Report on lock hospitals in British Burma
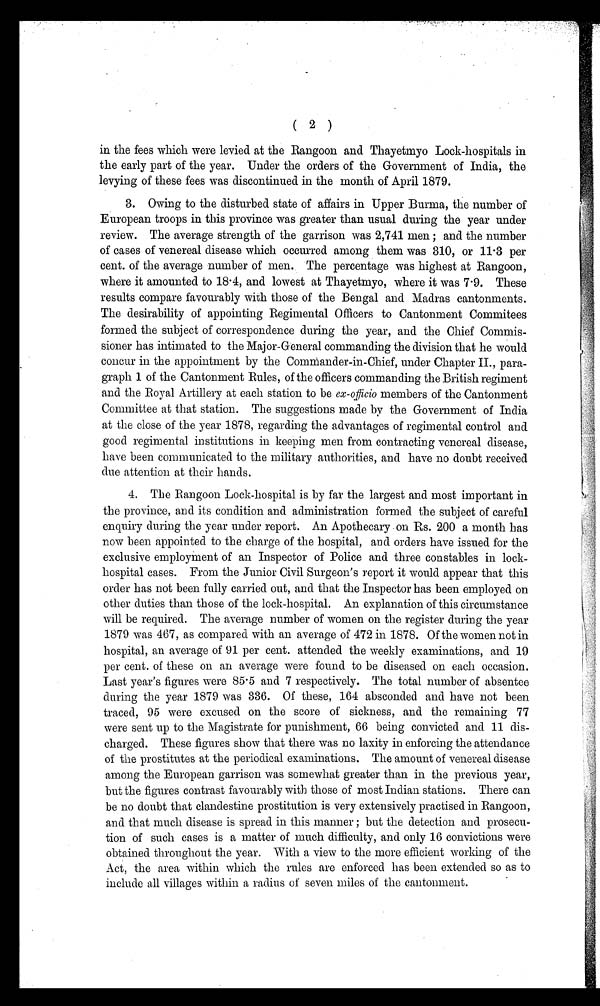
( 2 )
in the fees which were levied at the Rangoon and Thayetmyo Lock-hospitals in
the early part of the year. Under the orders of the Government of India, the
levying of these fees was discontinued in the month of April 1879.
3. Owing to the disturbed state of affairs in Upper Burma, the number of
European troops in this province was greater than usual during the year under
review. The average strength of the garrison was 2,741 men; and the number
of cases of venereal disease which occurred among them was 310, or 11 .3 per
cent. of the average number of men. The percentage was highest at Rangoon,
where it amounted to 18 . 4, and lowest at Thayetmyo, where it was 7.9. These
results compare favourably with those of the Bengal and Madras cantonments.
The desirability of appointing Regimental Officers to Cantonment Commitees
formed the subject of correspondence during the year, and the Chief Commis-
sioner has intimated to the Major-General commanding the division that he would
concur in the appointment by the Commander-in-Chief, under Chapter II., para-
graph 1 of the Cantonment Rules, of the officers commanding the British regiment
and the Royal Artillery at each station to be ex-officio members of the Cantonment
Committee at that station. The suggestions made by the Government of India
at the close of the year 1878, regarding the advantages of regimental control and
good regimental institutions in keeping men from contracting venereal disease,
have been communicated to the military authorities, and have no doubt received
due attention at their hands.
4. The Rangoon Lock-hospital is by far the largest and most important in
the province, and its condition and administration formed the subject of careful
enquiry during the year under report. An Apothecary on Rs. 200 a month has
now been appointed to the charge of the hospital, and orders have issued for the
exclusive employinent of an Inspector of Police and three constables in lock-
hospital cases. From the Junior Civil Surgeon's report it would appear that this
order has not been fully carried out, and that the Inspector has been employed on
other duties than those of the lock-hospital. An explanation of this circumstance
will be required. The average number of women on the register during the year
1879 was 467, as compared with an average of 472 in 1878. Of the women not in
hospital, an average of 91 per cent. attended the weekly examinations, and 19
per cent. of these on an average were found to be diseased on each occasion.
Last year's figures were 85.5 and 7 respectively. The total number of absentee
during the year 1879 was 336. Of these, 164 absconded and have not been
traced, 95 were excused on the score of sickness, and the remaining 77
were sent up to the Magistrate for punishment, 66 being convicted and 11 dis-
charged. These figures show that there was no laxity in enforcing the attendance
of the prostitutes at the periodical examinations. The amount of venereal disease
among the European garrison was somewhat greater than in the previous year,
but the figures contrast favourably with those of most Indian stations. There can
be no doubt that clandestine prostitution is very extensively practised in Rangoon,
and that much disease is spread in this manner; but the detection and prosecu-
tion of such cases is a matter of much difficulty, and only 16 convictions were
obtained throughout the year. With a view to the more efficient working of the
Act, the area within which the rules are enforced has been extended so as to
include all villages within a radius of seven miles of the cantonment.